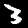
Label: 3